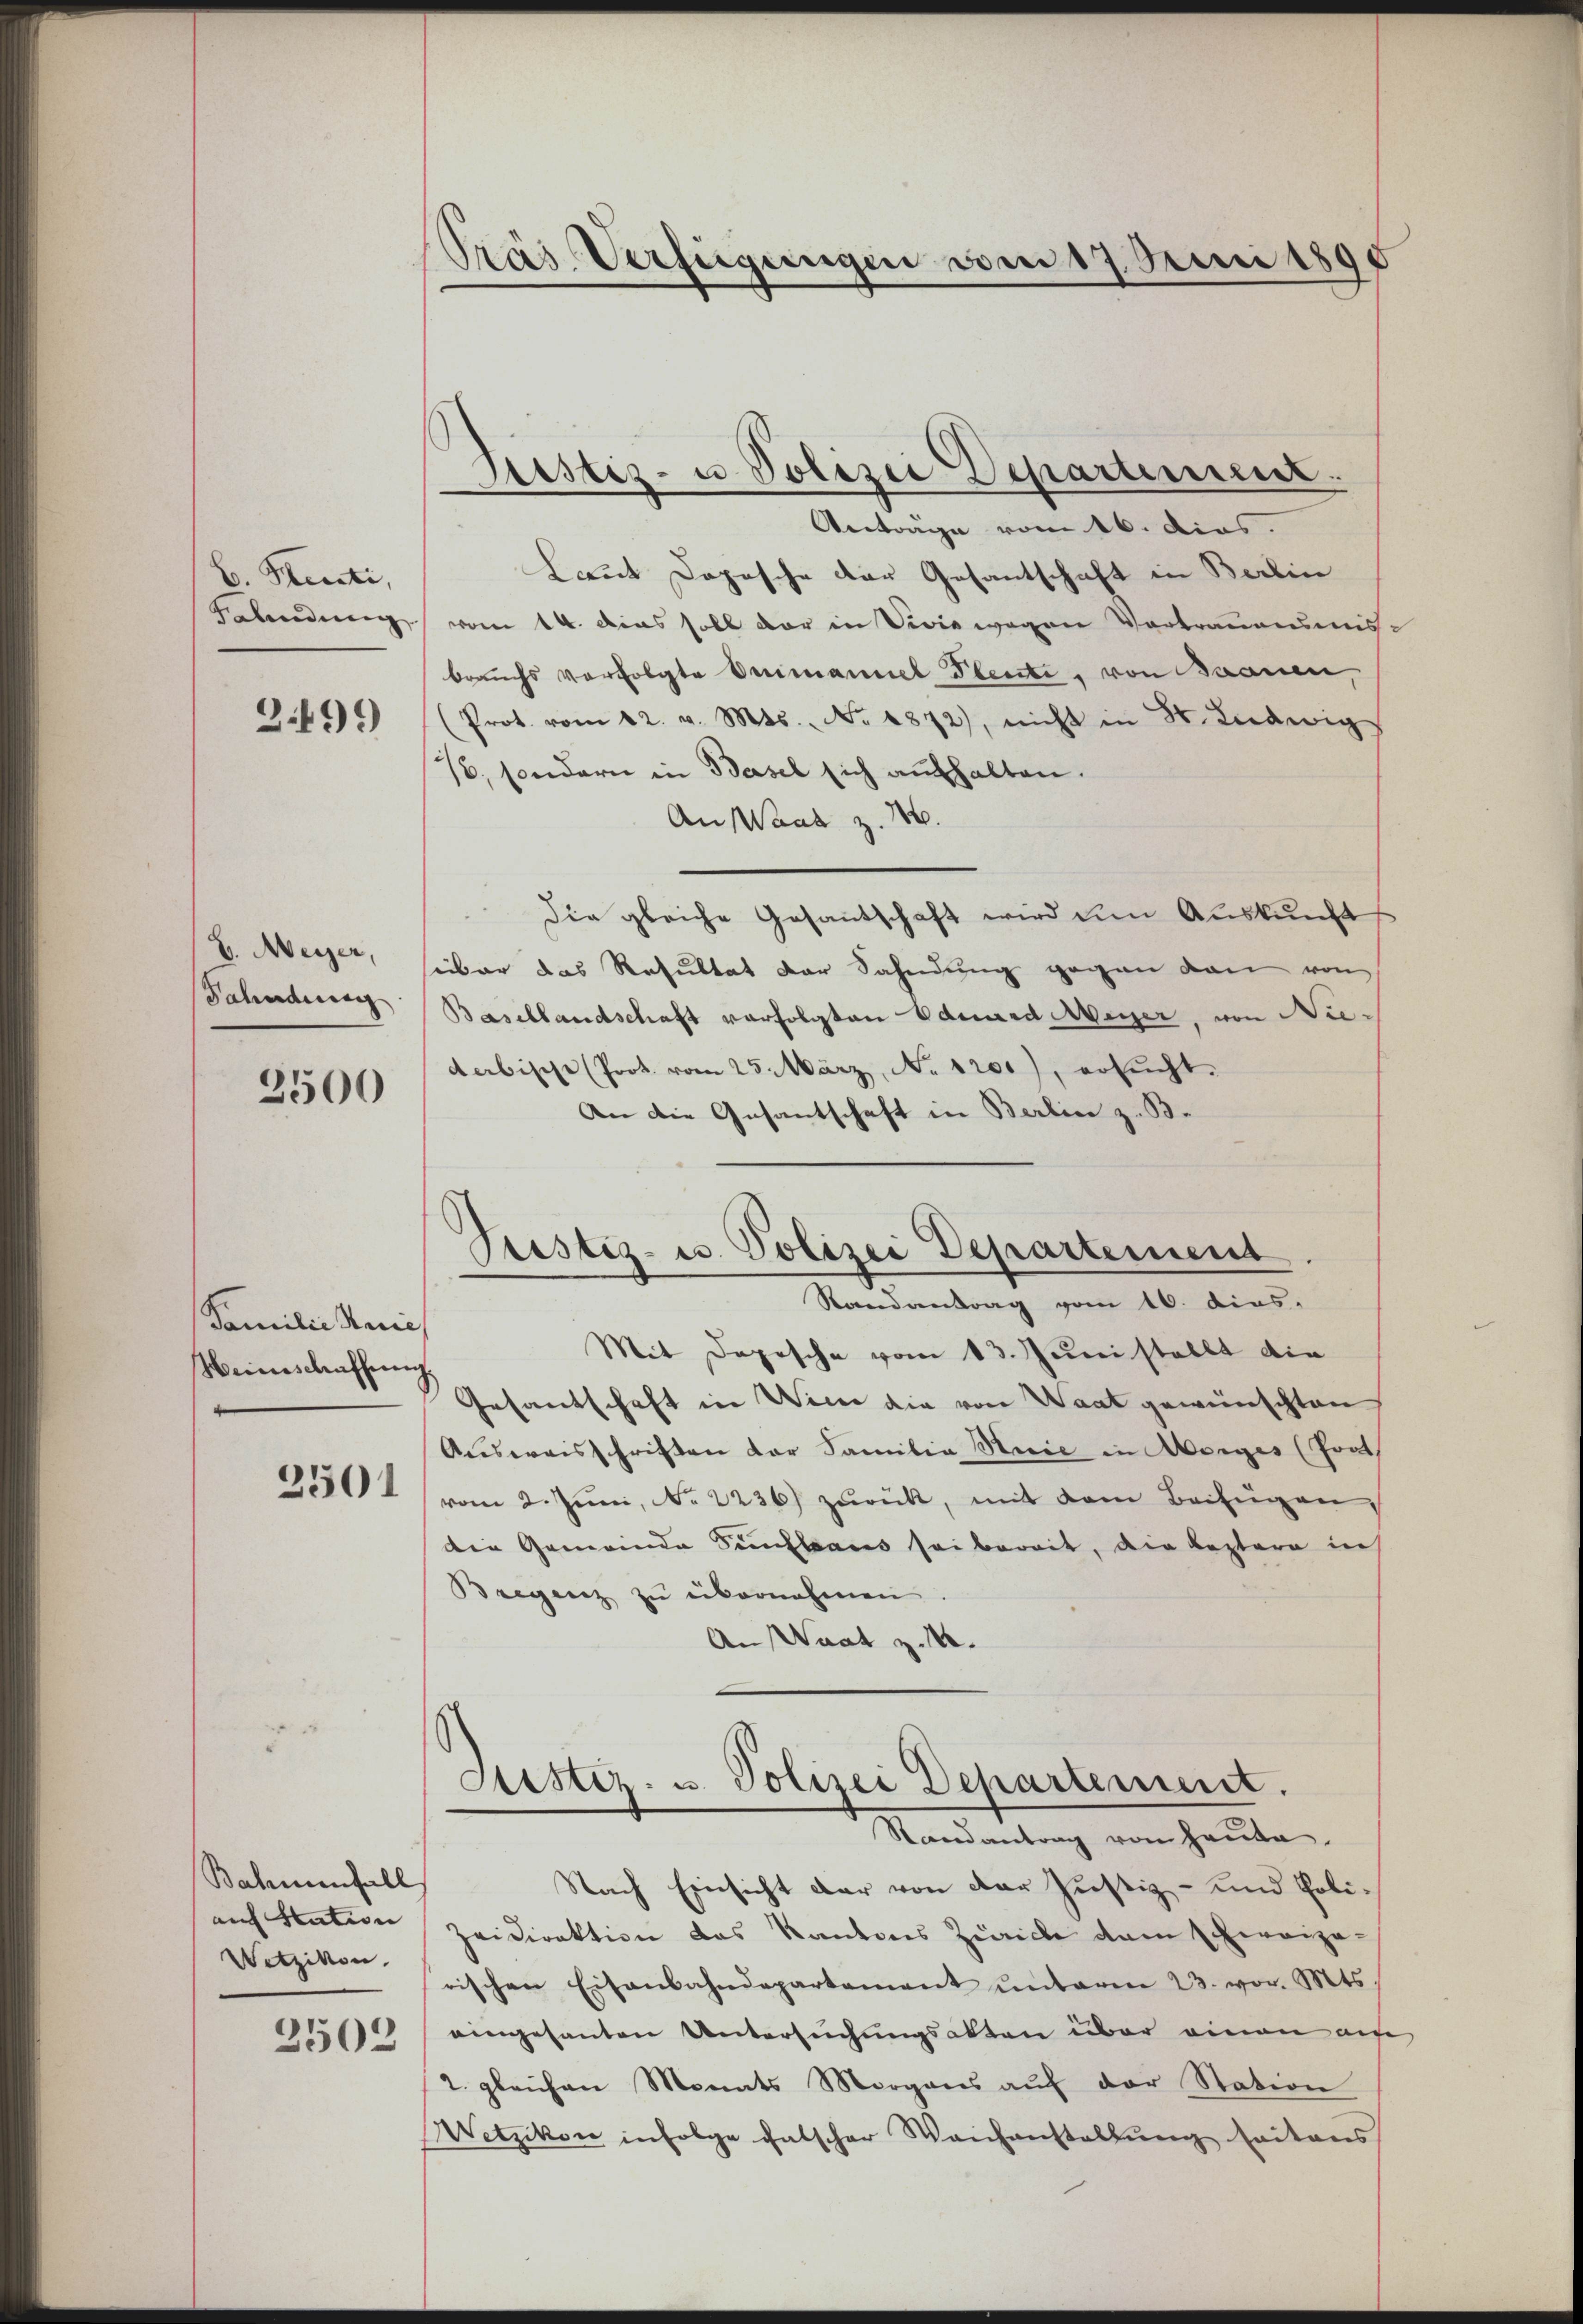
b. Perti,
Balendung

3.499

E. Meyer,
Fahndung

2500

Familie nich
Meineschaffung.
2501

Balmenfall
auf Station
Wetzikon.
2502

Prás Verfügungen vom 17. Juni 1890

Justiz- u Polizei Departement.
Anträge vom 16. dies.
Laut Dopische der Gesantschaft in Berlin
vom 14. Das soll der in Divis wegen Vortraummis-
brauchs verfolgte Omimaniel Plente, von Brauen,
(Prot. vom 22. v. Mts. No. 1872), nicht in St. Ludwig
16, sondern in Basel sich aufhalten.
An Waar z. 16.
die gleiche Gesantschaft wird um Auskunfts
über das Resultat der Sahndung gegen dan von
Basellandschaft verfolgten Eduard Aeger, von Niedabische (Prot. vom 25. März, No. 1201), ersucht.
An die Gesantschaft in Berlin z. B.
Justiz- u. Polizei Departement
Randantrag vom 16. dies.
Mit Dopische vom 13. Juni stellt die
Gesandschaft in Winne die von Waat gewünschten
Ausweisschriften der Familia Serie in Morges (Tort
vom 2. Juni, No 2236) zurück, mit dem Beifügen,
die Gemeinde Sanftaus sei bereit, die Kostera in
Bregenz zu übernahmen.
An Waat z. B.

Justiz- u. Polizei Departement.
Randantrag von heute,

Nach Einsicht der von der Justiz- und Polizeidirektion das Kantons Zürich dem schweize-
rischen Eisenbahndepartamant ŭnterm 23. vor. Mts.
eingesanten Untersuchungsakten über einen auf
2. gleichen Monats Morgans aŭf der Station
Wetzikon infolge falscher Waihanstellung seitens